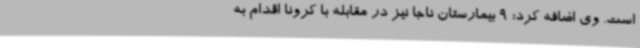
است. وی اضافه کرد: 9 بیمارستان ناجا نیز در مقابله با کرونا اقدام به